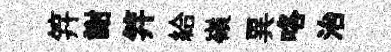
笄謝笄給嶺異咯治